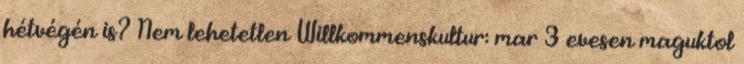
hétvégén is? Nem lehetetlen Willkommenskultur: mar 3 evesen maguktol